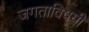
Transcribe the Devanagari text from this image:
जगताविषयी